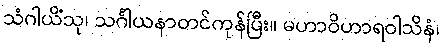
သံဂါယိံသု၊ သင်္ဂါယနာတင်ကုန်ပြီး။ မဟာဝိဟာရဝါသိနံ၊